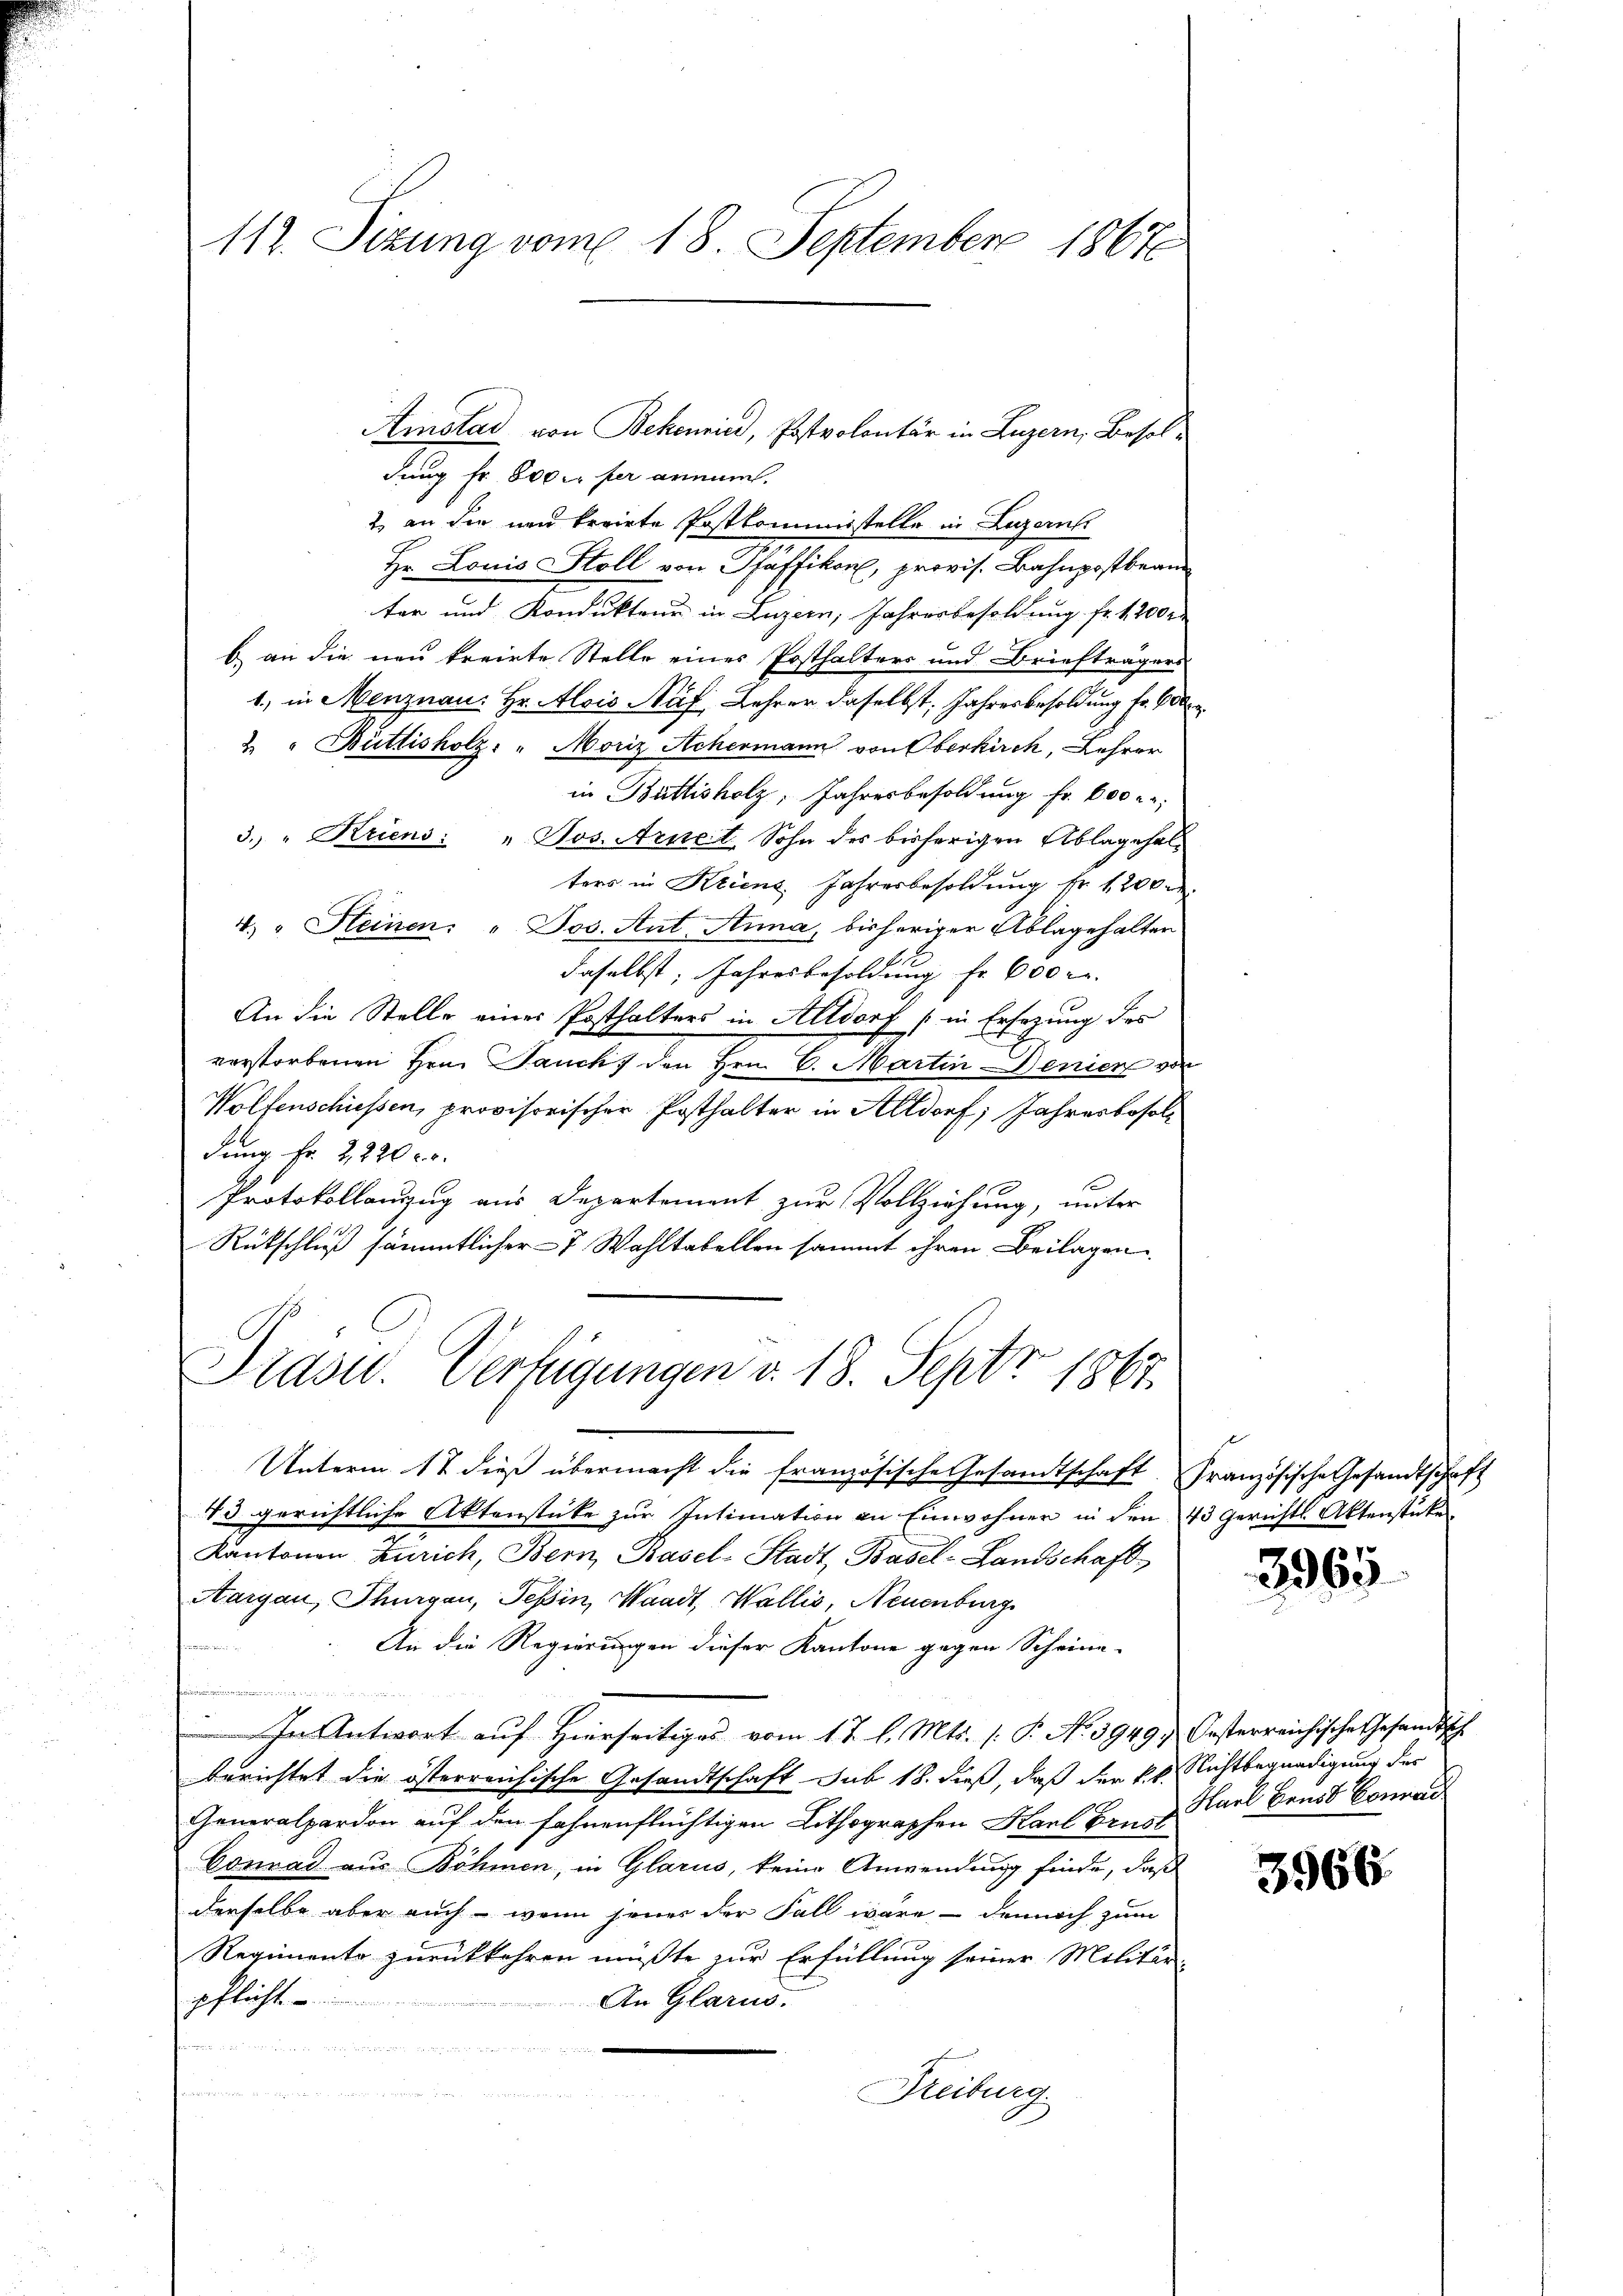
112. Sizung vom 18. September 1867

dung fr. 800 per arme.
2 an die neu breite Postkommisstelle in Luzern
Hr. Louis Stoll von Pfäffikon, provis. Bahnpostbran
ter und Kondukteur in Luzern, Jahresbesoldung fr. 1200 r
b) an die neu kreirte Stelle einer Posthalters und Briefträgers
1.) in Menznau: Hr. Alois Auf Lehrer daselbst, Jahresbesoldung fr. 600
& " Büttisholz. " Moriz Achermann von Oberkirch, Lehrer
in Büttisholz, Jahresbesoldung fr. 600 r.
3. " Kriens: " Jos. Arnet, Sohn des bisherigen Ablagehalters in Kriens Jahresbesoldung fr. 1200 M.
4. " Heinen: " Jos. Aut Anna, bisheriger Ablagehalten
daselbst, Jahresbesoldung fr. 600 r.
An die Stelle eines Posthalters in Altdorf (in Ersezung des
verstorbenen Herr Jauch den Hrn. C. Martin Denien von
Wolfenschiessen, provisorischer Posthalter in Altdorf; Jahresbesoldung Fr. 2220 l.
Protokollanzug aus Departement zur Vollziehung, unter
Rükschluß sämmtlicher - 7 Wahltabellen sammt ihren Beilagen

Ainstad von Bekenrie, Postvolontär in Luzern, Besol¬

Präsid. Verfügungen v. 18. Septr. 1867.

Unterm 17 dieß übermacht die französische Gesandtschaft. Französische Gesandtschaf¬
13 gerichtliche Aktenstüke zur Intimation an Einwohnen in den
Kantonen Zürich, Bern, Basel-Stadt, Basel-Landschaft
Aargau, Thurgau, Tessin, Waadt, Wallis, Neuenburg
An die Regierungen dieser Kantone gegen Scheine-
.
In Antwort auf Hierseitiges vom 17. l. Mts. (: P. No 3949, Oesterreichische Gesandtsch
berichtet die österreichische Gesandtschaft sub 18. dieß, daß der kk. Nichtbegnadigung der
Generalpardon auf den fahnenflüchtigen Lithographen Karl Band Karl Brust Conrad
Connad aus Böhmen, in Glarus, keine Anwendung finde, daß
derselbe aber auch wenn jener der Fall wäre, – dennoch zum
Regimente zurückkehren müßte zur Erfüllung seiner Militär-
pflicht
An Glarus.

Reiburg.

43 Gerichts Aktenstücke

3965

3966.

1